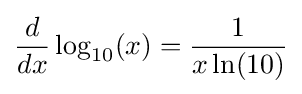
{d \over dx}\log _{10}(x)={1 \over x\ln(10)}